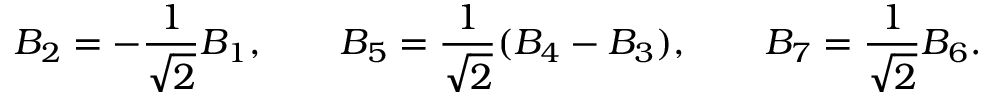
B _ { 2 } = - \frac { 1 } { \sqrt { 2 } } B _ { 1 } , \ \ \ \ \ \ B _ { 5 } = \frac { 1 } { \sqrt { 2 } } ( B _ { 4 } - B _ { 3 } ) , \ \ \ \ \ \ B _ { 7 } = \frac { 1 } { \sqrt { 2 } } B _ { 6 } .